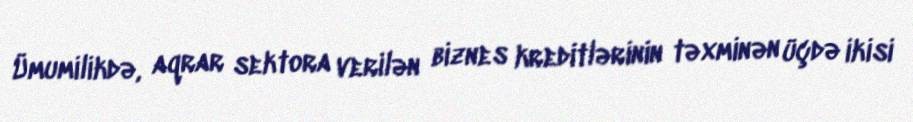
Ümumilikdə, aqrar sektora verilən biznes kreditlərinin təxminən üçdə ikisi